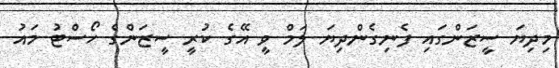
މިިދިޔަ ސީޒަންގައި ފެނިގެންދިޔަ ލަމް ވީ އޭގެ ކުރީ ސީޒަންގެ ހޯސްޓު މައު